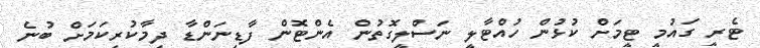
ޓެރީ ގައުމީ ޓީމަށް ކުޅުން ހުއްޓާލީ ނަސްލީގޮތުން އެންޓޮން ފާޑިނަންޑާ ދިމާކުރިކަމަށް ބުނެ